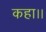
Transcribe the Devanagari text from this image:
कहा।।